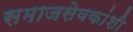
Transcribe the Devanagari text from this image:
समाजसेवकांशी